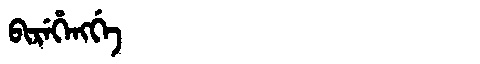
Manchu: ᠪᡳᡵᡝᡥᡝᠩᡤᡝ
Romanization: BIREHENGGE